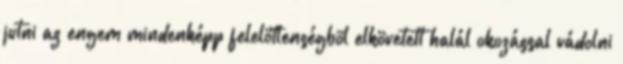
jutni az engem mindenképp felelõtlenségbõl elkövetett halál okozással vádolni